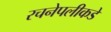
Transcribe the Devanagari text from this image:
रचनेपलीकडे